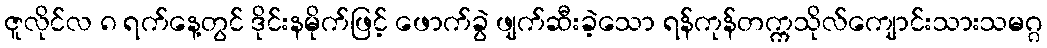
ဇူလိုင်လ ၈ ရက်နေ့တွင် ဒိုင်းနမိုက်ဖြင့် ဖောက်ခွဲ ဖျက်ဆီးခဲ့သော ရန်ကုန်တက္ကသိုလ်ကျောင်းသားသမဂ္ဂ